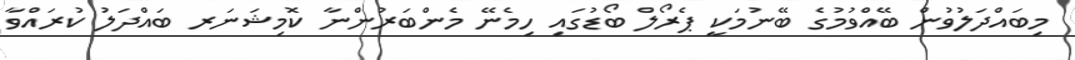
މިބައްދަލުވުން ބޭއްވުމުގެ ބޭނުމަކީ ޕެރޯލް ބޯޑުގައި ހިމެނޭ މެންބަރުންނާ ކޮމިޝަނަރ ބައްދަލު ކުރައްވާ